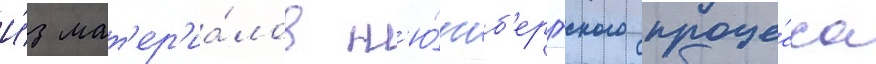
И́з мат'ер'иа́лов н'ю́рнб'ергского проце́сса